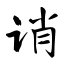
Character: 诮